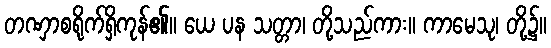
တဏှာစရိုက်ရှိကုန်၏။ ယေ ပန သတ္တာ၊ တို့သည်ကား။ ကာမေသု၊ တို့၌။